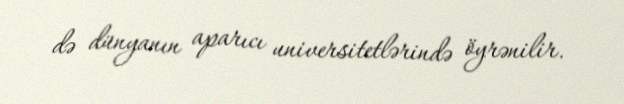
də dünyanın aparıcı universitetlərində öyrənilir.